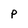
Character: P